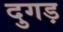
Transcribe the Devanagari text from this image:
दुगड़